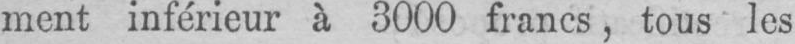
ment inférieur à 3000 francs, tous les